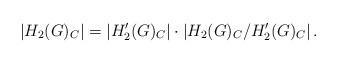
LaTeX: \begin{align*} |H_2(G)_C | = \left| H_2'(G)_C \right| \cdot \left| H_2(G)_C/H_2'(G)_C \right|.\end{align*}